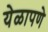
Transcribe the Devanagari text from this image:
येळापणे